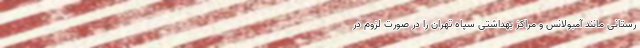
رستانی مانند آمبولانس و مراکز بهداشتی سپاه تهران را در صورت لزوم در